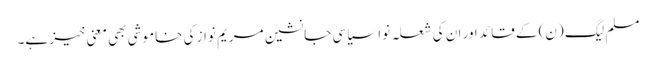
مسلم لیگ (ن) کے قائد اور ان کی شعلہ نوا سیاسی جانشین مریم نواز کی خاموشی بھی معنی خیز ہے۔